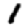
Digit: 1